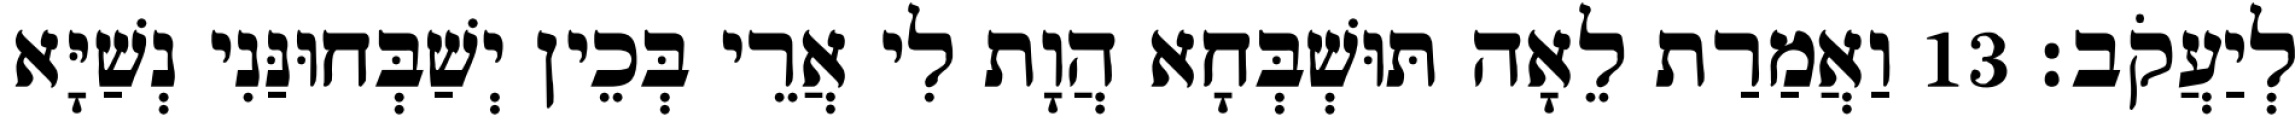
לְיַעֲקֹב׃ 13 וַאֲמַרַת לֵאָה תּוּשְׁבְּחָא הֲוָת לִי אֲרֵי בְּכֵין יְשַׁבְּחוּנַּנִי נְשַׁיָּא